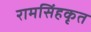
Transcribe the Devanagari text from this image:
रामसिंहकृत